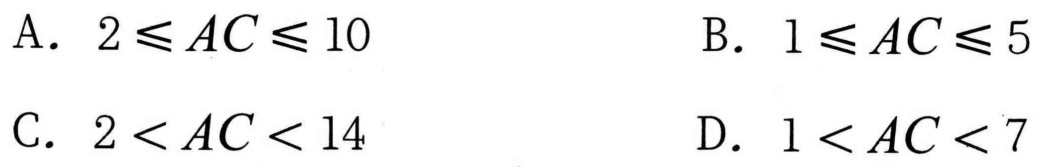
A. \(2\leqslant AC\leqslant 10\)
B. \(1\leqslant AC\leqslant 5\)
C. \(2 < AC < 14\)
D. \(1 < AC < 7\)